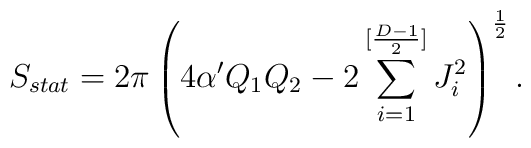
S_{stat}=2\pi\left(4\alpha^{\prime}Q_1Q_2-2\sum_{i=1}^{[{{D-1}\over 2}]}J_i^2\right)^{1\over 2}.